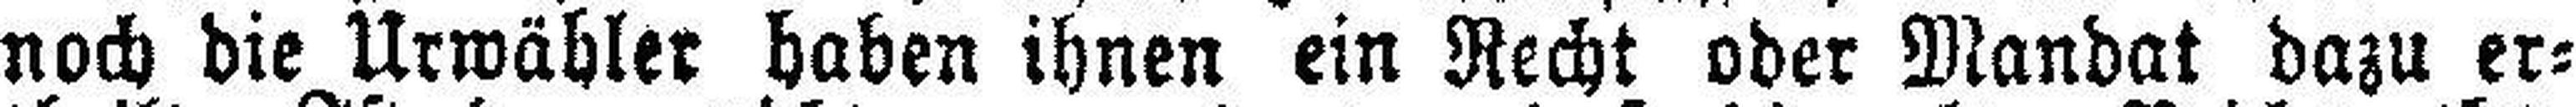
noch die Urwähler haben ihnen ein Recht oder Mandat dazu er¬